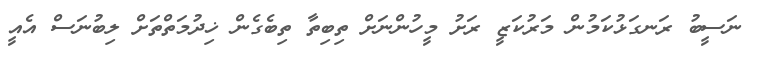
ނަސީބު ރަނގަޅުކަމުން މަރުކަޒީ ރަށު މީހުންނަށް ތިބިތާ ތިބެގެން ޚިދުމަތްތަށް ލިބުނަސް އެއީ